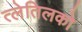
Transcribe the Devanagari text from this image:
त्लेतिलको